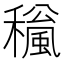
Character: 𥣍